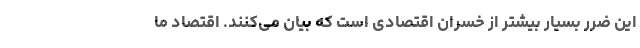
این ضرر بسیار بیشتر از خسران اقتصادی است که بیان می‌کنند. اقتصاد ما